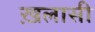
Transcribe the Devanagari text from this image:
ख़लासी